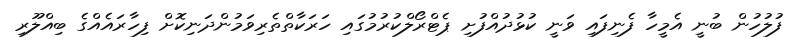
ފުލުހުން ބުނީ އެމީހާ ފެނިފައި ވަނީ ކުޅުދުއްފުށި ޕެޓްރޯލްކުރުމުގައި ހަރަކާތްތެރިވަމުންދަނިކޮށް ފިހާރައެއްގެ ބިއްލޫރި